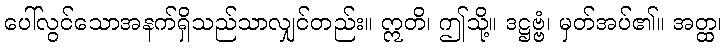
ပေါ်လွင်သောအနက်ရှိသည်သာလျှင်တည်း။ ဣတိ၊ ဤသို့။ ဒဋ္ဌဗ္ဗံ၊ မှတ်အပ်၏။ အတ္ထ၊